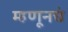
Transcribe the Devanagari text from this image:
म्हणूनचं